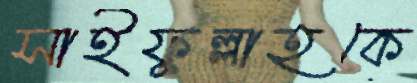
সাইফুল্লাহকে